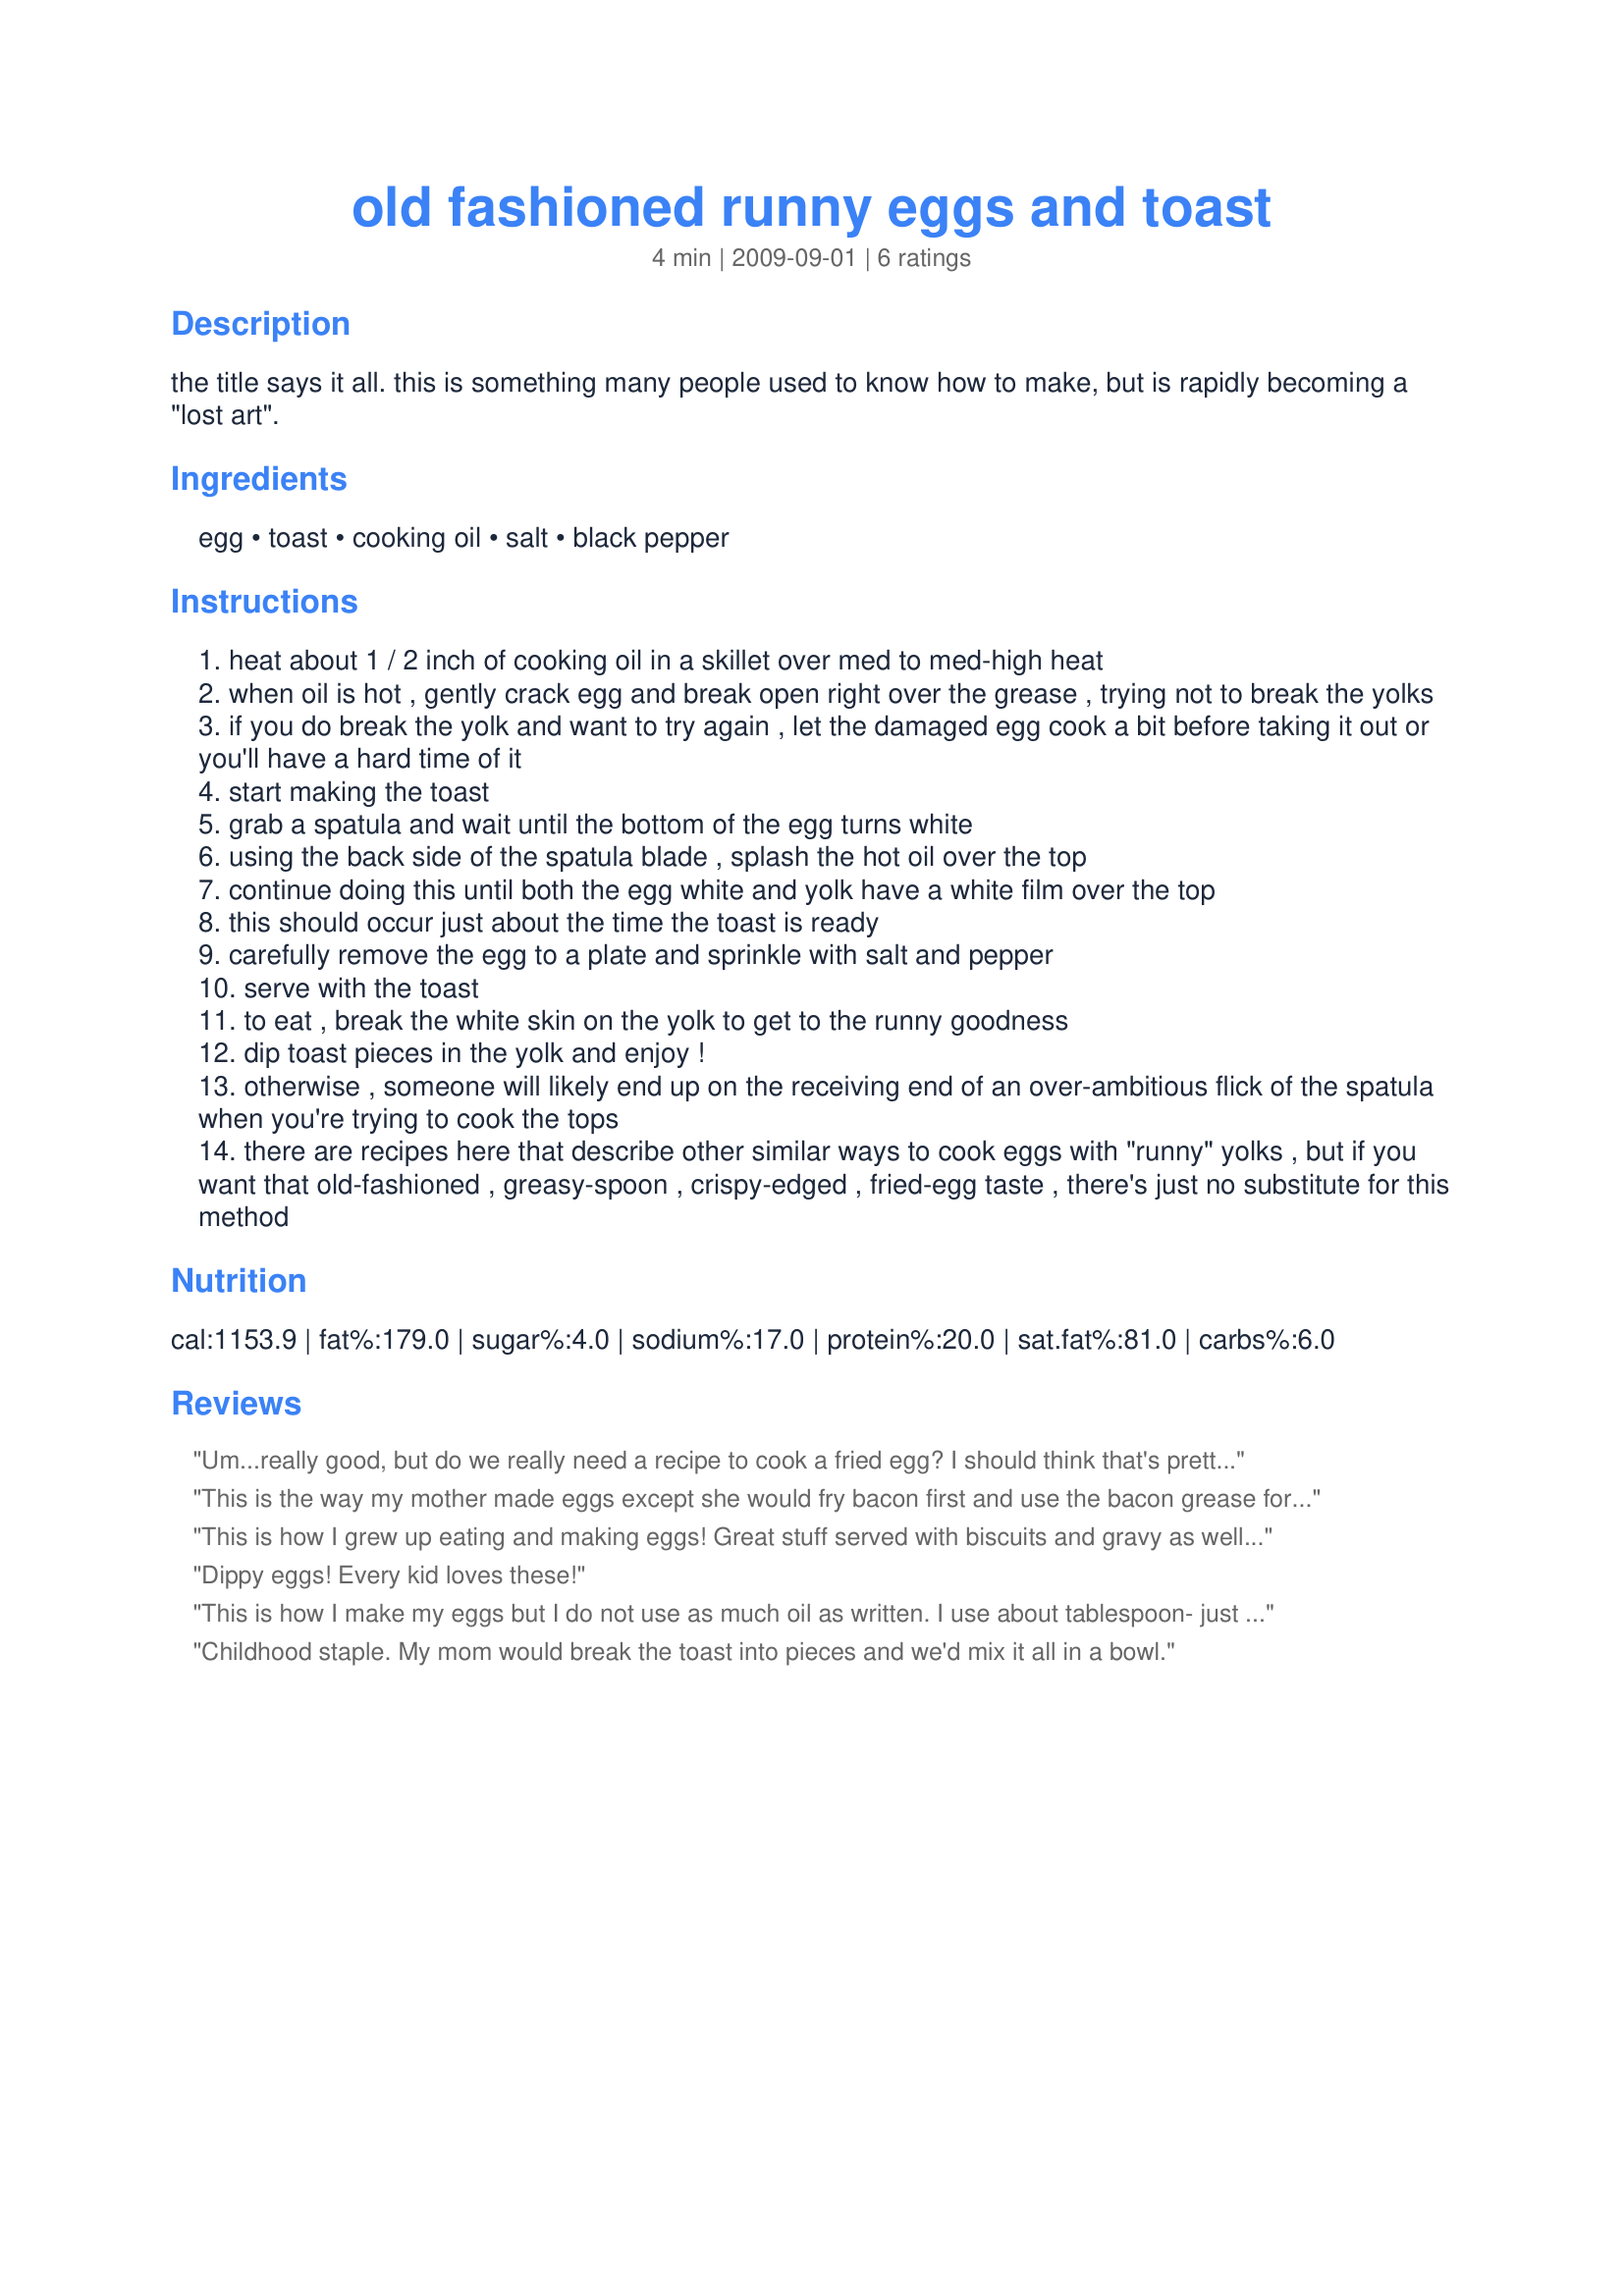
old fashioned runny eggs and toast
Preparation time: 4 minutes

the title says it all. this is something many people used to know how to make, but is rapidly becoming a "lost art".

Ingredients:
egg, toast, cooking oil, salt, black pepper

Steps:
heat about 1 / 2 inch of cooking oil in a skillet over med to med-high heat
when oil is hot , gently crack egg and break open right over the grease , trying not to break the yolks
if you do break the yolk and want to try again , let the damaged egg cook a bit before taking it out or you'll have a hard time of it
start making the toast
grab a spatula and wait until the bottom of the egg turns white
using the back side of the spatula blade , splash the hot oil over the top
continue doing this until both the egg white and yolk have a white film over the top
this should occur just about the time the toast is ready
carefully remove the egg to a plate and sprinkle with salt and pepper
serve with the toast
to eat , break the white skin on the yolk to get to the runny goodness
dip toast pieces in the yolk and enjoy !
otherwise , someone will likely end up on the receiving end of an over-ambitious flick of the spatula when you're trying to cook the tops
there are recipes here that describe other similar ways to cook eggs with "runny" yolks , but if you want that old-fashioned , greasy-spoon , crispy-edged , fried-egg taste , there's just no substitute for this method

Reviews:
Um...really good, but do we really need a recipe to cook a fried egg? I should think that's pretty basic.
This is the way my mother made eggs except she would fry bacon first and use the bacon grease for the eggs. 
Be careful - if the bacon grease is too hot the whites cook too fast and become too hard. In fact in lean times she would also make pancakes and or fried potatoes and this would be our supper. Bacon and eggs with toast and or pancakes and fried potatoes - I loved it!
This is how I grew up eating and making eggs! Great stuff served with biscuits and gravy as well. My dad's a farm boy and this is his breakfast almost every day. He does his in just bacon grease, while I like mine with mostly canola and a bit of bacon grease for flavor.
Dippy eggs! Every kid loves these!
This is how I make my eggs but I do not use as much oil as written. I use about tablespoon- just enough to cover the bottom of the pan. I also omit the salt but that is just a personal preference. My family loves eggs cooked like this.
Childhood staple. My mom would break the toast into pieces and we'd mix it all in a bowl.
